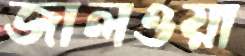
জালওয়া